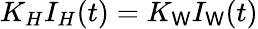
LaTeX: K_{H}I_{H}(t)=K_{\mathsf{W}}I_{\mathsf{W}}(t)